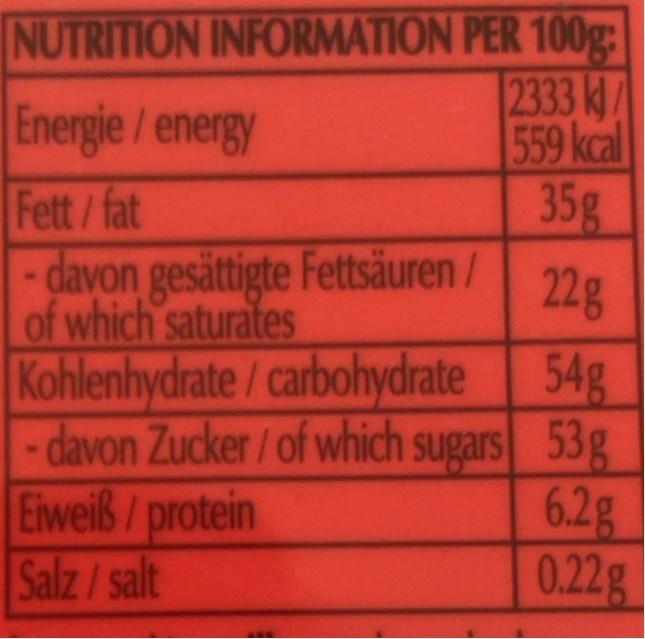
NUTRITION INFORMATION PER 100g: 2333 k/ 559 kcal 35g davon gesättigte Fettsäuren /
Energie /energy
Fett/fat
22g
of which saturates
Kohlenhydrate / carbohydrate 54g - davon Zucker /of which sugars 53g 6.2g 0.22g
Eiweiß /protein Salz /salt